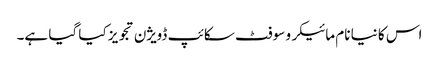
اس کا نیا نام مائیکرو سوفٹ سکائپ ڈویژن تجویز کیا گیا ہے۔